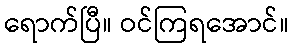
ရောက်ပြီ။ ဝင်ကြရအောင်။